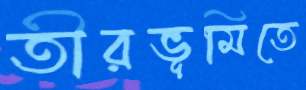
তীরভূমিতে